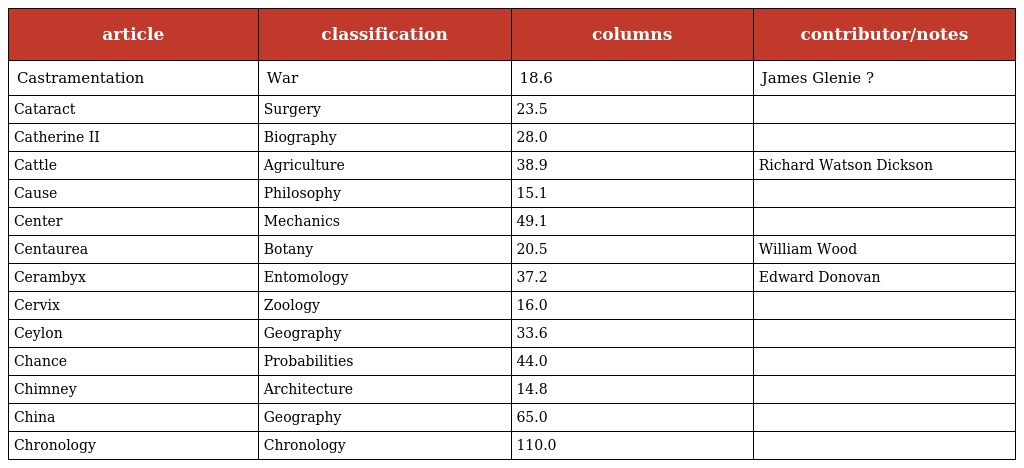
| article | classification | columns | contributor/notes |
 | --- | --- | --- | --- |
 | Castramentation | War | 18.6 | James Glenie ? |
 | Cataract | Surgery | 23.5 |  |
 | Catherine II | Biography | 28.0 |  |
 | Cattle | Agriculture | 38.9 | Richard Watson Dickson |
 | Cause | Philosophy | 15.1 |  |
 | Center | Mechanics | 49.1 |  |
 | Centaurea | Botany | 20.5 | William Wood |
 | Cerambyx | Entomology | 37.2 | Edward Donovan |
 | Cervix | Zoology | 16.0 |  |
 | Ceylon | Geography | 33.6 |  |
 | Chance | Probabilities | 44.0 |  |
 | Chimney | Architecture | 14.8 |  |
 | China | Geography | 65.0 |  |
 | Chronology | Chronology | 110.0 |  |